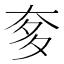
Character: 奓